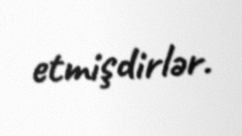
etmişdirlər.